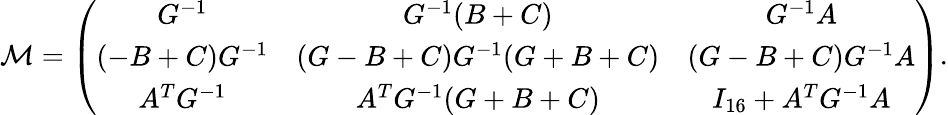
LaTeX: {\cal M}=\left(\begin{array}{ccc}{{G^{-1}}}&{{G^{-1}(B+C)}}&{{G^{-1}A}}\\ {{(-B+C)G^{-1}}}&{{(G-B+C)G^{-1}(G+B+C)}}&{{(G-B+C)G^{-1}A}}\\ {{A^{T}G^{-1}}}&{{A^{T}G^{-1}(G+B+C)}}&{{I_{16}+A^{T}G^{-1}A}}\end{array}\right).